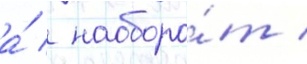
а́ / наоборо́т /